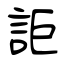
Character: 詎